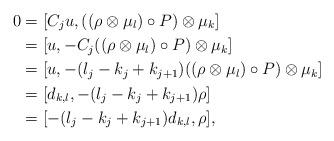
LaTeX: \begin{align*}0&=[C_ju,((\rho\otimes\mu_l)\circ P)\otimes\mu_k]\\&=[u,-C_j((\rho\otimes\mu_l)\circ P)\otimes\mu_k]\\&=[u,-(l_j-k_j+k_{j+1})((\rho\otimes\mu_l)\circ P)\otimes\mu_k]\\&=[d_{k,l},-(l_j-k_j+k_{j+1})\rho]\\&=[-(l_j-k_j+k_{j+1})d_{k,l},\rho],\end{align*}